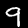
Label: 9